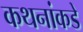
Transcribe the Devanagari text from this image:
कथनांकडे